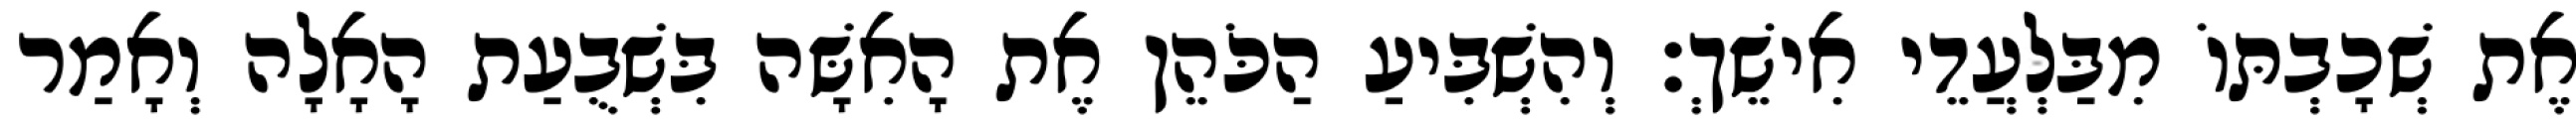
אֶת שְׁכָבְתּוֹ מִבַּלְעֲדֵי אִישֵׁךְ׃ וְהִשְׁבִּיעַ הַכֹּהֵן אֶת הָאִשָּׁה בִּשְׁבֻעַת הָאָלָה וְאָמַר